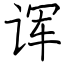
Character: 诨